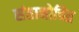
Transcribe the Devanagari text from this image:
संतानोचित